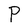
Character: P